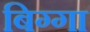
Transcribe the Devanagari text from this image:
बिग्गा